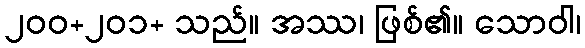
၂၀၀+၂၀၁+ သည်။ အဿ၊ ဖြစ်၏။ သောဝါ၊